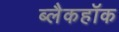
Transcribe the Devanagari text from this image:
ब्लैकहॉक